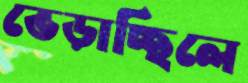
ভেড়াচ্ছিলে